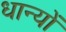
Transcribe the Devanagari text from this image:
धान्यों